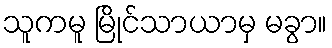
သူကမူ မြိုင်သာယာမှ မခွာ။